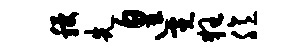
稷先遑霓狂臆